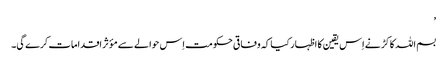
’
بسم اللہ کاکڑ نے اِس یقین کا اظہار کیا کہ وفاقی حکومت اِس حوالے سے مؤثر اقدامات کرے گی۔